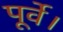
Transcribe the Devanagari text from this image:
पूर्वे।